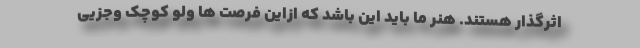
اثرگذار هستند. هنر ما باید این باشد که ازاین فرصت ها ولو کوچک وجزیی